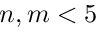
n , m < 5